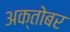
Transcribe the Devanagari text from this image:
अक्तोबर